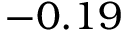
- 0 . 1 9